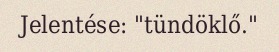
Jelentése: "tündöklő."